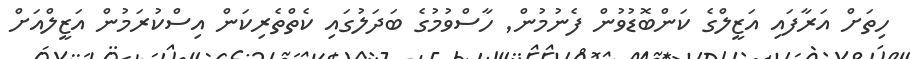
ހިތަށް އަރާފައި އަޒީލްގެ ކަންބޮޑުވުުން ފެނުމުން